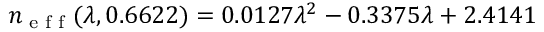
n _ { \textrm { e f f } } ( \lambda , 0 . 6 6 2 2 ) = 0 . 0 1 2 7 \lambda ^ { 2 } - 0 . 3 3 7 5 \lambda + 2 . 4 1 4 1